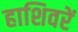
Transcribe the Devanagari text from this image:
हाशिवरें